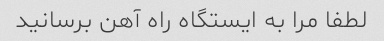
لطفا مرا به ایستگاه راه آهن برسانید